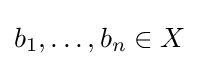
b_{1},\ldots ,b_{n}\in X